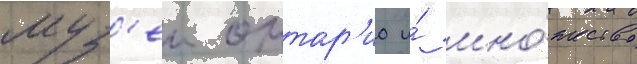
муз'еи онтар'ио и́ мно́жество